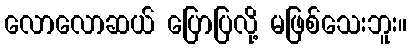
လောလောဆယ် ပြောပြလို့ မဖြစ်သေးဘူး။